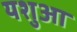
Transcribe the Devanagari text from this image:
यशुआ